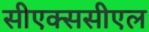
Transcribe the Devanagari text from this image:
सीएक्ससीएल